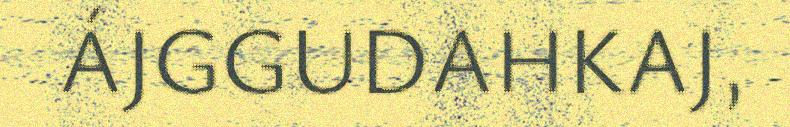
ÁJGGUDAHKAJ,